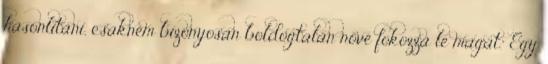
hasonlítani, csaknem bizonyosan boldogtalan nővé fokozza le magát.” Egy